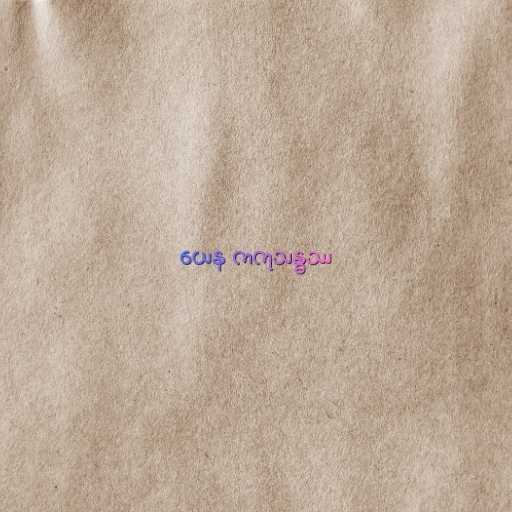
ယေန ကကုသန္ဓဿ